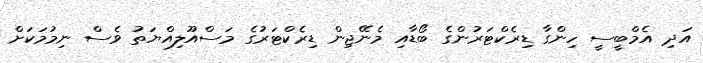
އަދި އެމްބީސީ ހިންގާ ޑިރެކްޓަރުންގެ ބޯޑާއި މެނޭޖިން ޑިރެކްޓަރުގެ މަސްއޫލިއްޔަތު ވެސް ނިމުމަކަށް